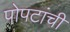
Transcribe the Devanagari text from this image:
पोपटांची